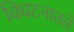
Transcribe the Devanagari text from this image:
विघटनातले